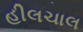
હીલચાલ